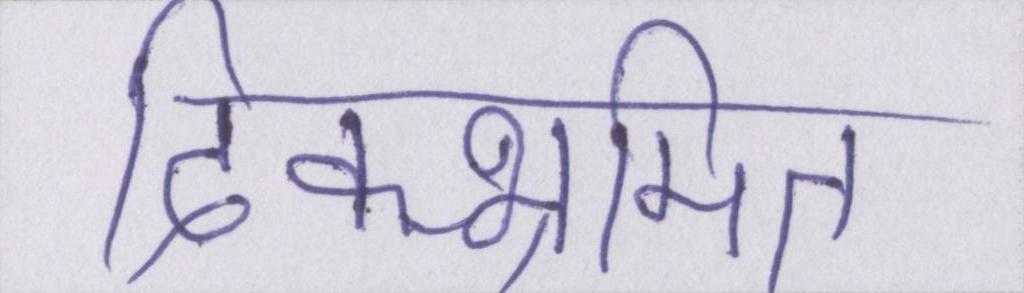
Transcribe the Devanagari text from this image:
दिक्भ्रमित